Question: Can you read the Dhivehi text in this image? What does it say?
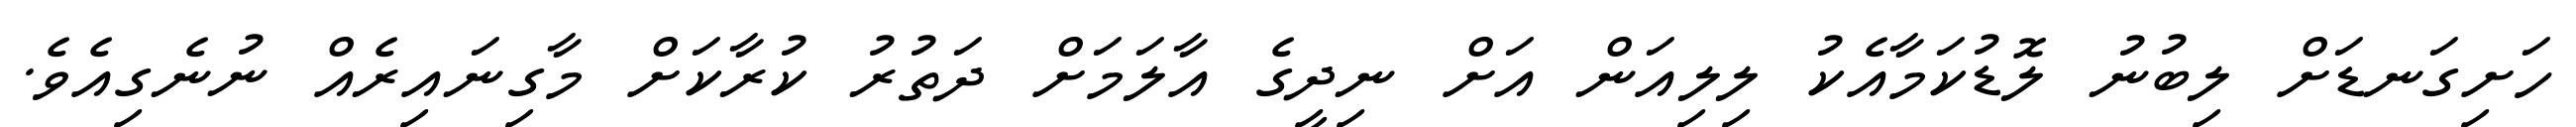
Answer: ހަށިގަނޑަށް ލިބުނު ލޮޑުކަމާއެކު ލިލިއަން އަށް ނިދީގެ އާލަމަށް ދަތުރު ކުރާކަށް މާގިނައިރެއް ނުނެގިއެވެ.